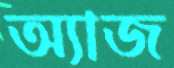
অ্যাজ